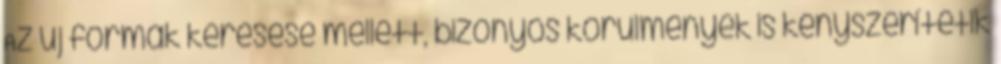
Az új formák keresése mellett, bizonyos körülmények is kényszerítetik